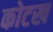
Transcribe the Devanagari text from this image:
कोटख